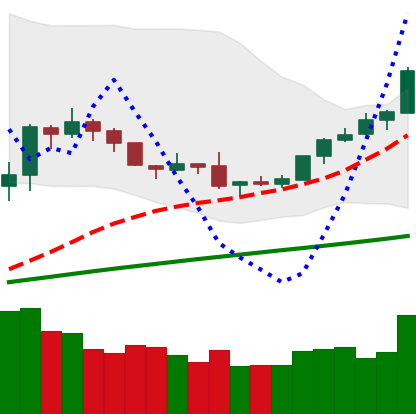
Ticker: BTC-USD
Chart end date: 2019-08-05
Forward return: -3.826%
Label: down_3_5